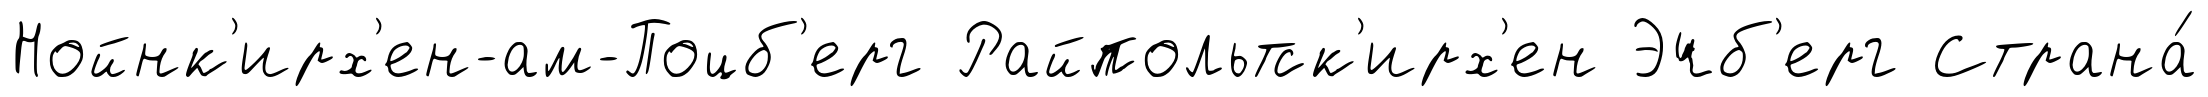
Нойнк'ирх'ен-ам-Поцб'ерг Райпольтск'ирх'ен Эчб'ерг Страна́